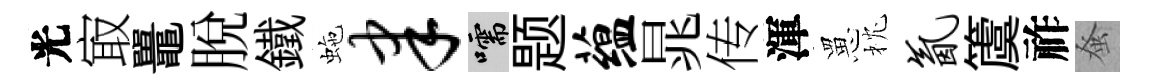
光㝡鼉脱鐵虵聿嚅题蕴晁传渾罳枕氤𥵂祚𫊫